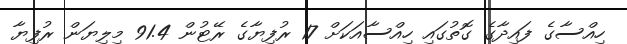
ހިއްސާގެ ފައިދާގެ ގޮތުގައި ހިއްސާއަކަށް 17 ރުފިޔާގެ ރޭޓުން 91.4 މިލިޔަން ރުފިޔާ